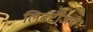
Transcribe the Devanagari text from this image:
लिबर्टीजचे